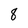
Character: 8